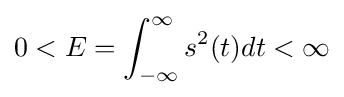
0<E=\int _{-\infty }^{\infty }s^{2}(t)dt<\infty